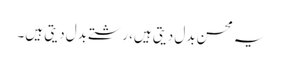
یہ محسن بدل دیتی ہیں، رشتے بدل دیتی ہیں۔